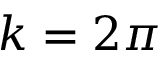
k = 2 \pi